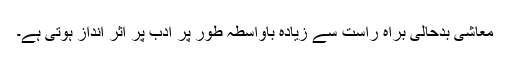
معاشی بدحالی براہ راست سے زیادہ باواسطہ طور پر ادب پر اثر انداز ہوتی ہے۔